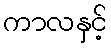
ကာလနှင့်